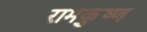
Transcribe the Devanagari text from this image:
रामकृुष्ण